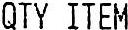
QTY ITEM